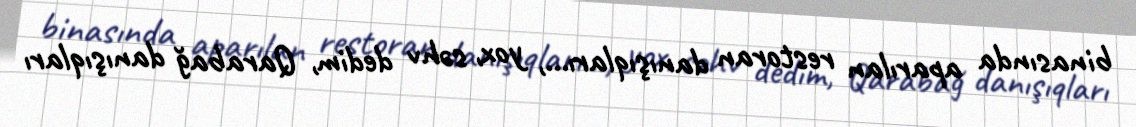
binasında aparılan restoran danışıqları..., yox, səhv dedim, Qarabağ danışıqları